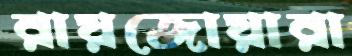
রায়জোয়ারা